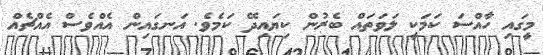
މީގައި ހާއްސަ ކަމަކީ ލަވަތައް ބެރުން ކިޔައިދޭ ކަމެވެ. އަނގައިން އެއްވެސް އެއްޗެއް